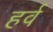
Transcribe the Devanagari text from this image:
हर्व